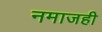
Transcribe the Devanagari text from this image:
नमाजही